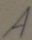
Text: A